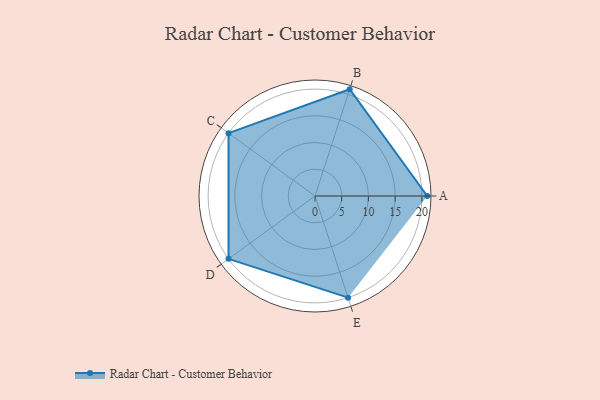
{"axis": {"x": "Skill", "y": "Score"}, "legend": ["Profile"], "data": [{"x": "A", "y": 21.0, "type": "Profile"}, {"x": "B", "y": 21.0, "type": "Profile"}, {"x": "C", "y": 20, "type": "Profile"}, {"x": "D", "y": 20, "type": "Profile"}, {"x": "E", "y": 20, "type": "Profile"}]}